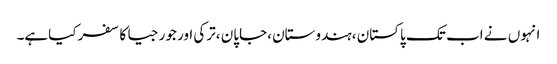
انہوں نے اب تک پاکستان ،ہندوستان ،جاپان ،ترکی اور جورجیا کا سفر کیاہے۔